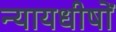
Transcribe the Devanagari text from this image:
न्यायधीषों